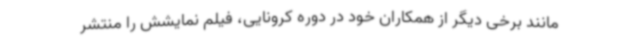
مانند برخی دیگر از همکاران خود در دوره کرونایی، فیلم نمایشش را منتشر